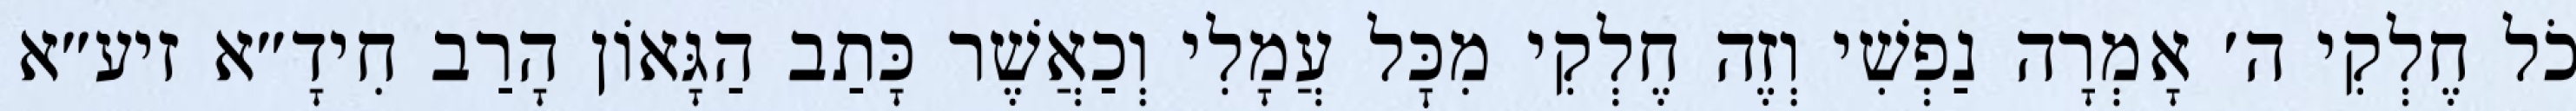
כֹל חֶלְקִי ה׳ אָמְרָה נַפְשִׁי וְזֶה חֶלְקִי מִכׇּל עֲמָלִי וְכַאֲשֶׁר כָּתַב הַגָּאוֹן הָרַב חִידָ״א זיע״א